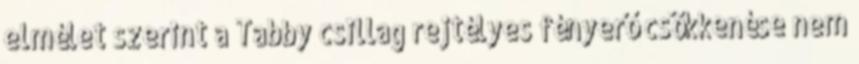
elmélet szerint a Tabby csillag rejtélyes fényerő csökkenése nem